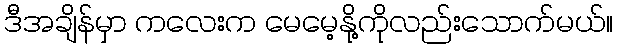
ဒီအချိန်မှာ ကလေးက မေမေ့နို့ကိုလည်းသောက်မယ်။